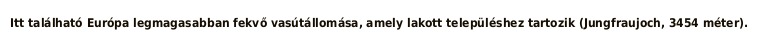
Itt található Európa legmagasabban fekvő vasútállomása, amely lakott településhez tartozik (Jungfraujoch, 3454 méter).